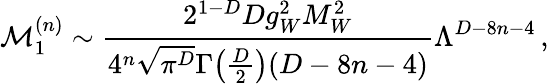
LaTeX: \mathcal{M}_{1}^{(n)}\sim\frac{2^{1-D}Dg_{W}^{2}M_{W}^{2}}{4^{n}\sqrt{\pi^{D}}\Gamma\big(\frac{D}{2}\big)(D-8n-4)}\Lambda^{D-8n-4}\, ,